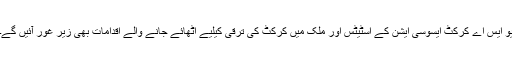
یو ایس اے کرکٹ ایسوسی ایشن کے اسٹیٹس اور ملک میں کرکٹ کی ترقی کیلیے اٹھائے جانے والے اقدامات بھی زیر غور آئیں گے۔